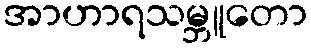
အာဟာရသမ္ဘူတော